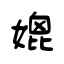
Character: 媲